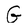
Character: G